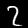
Digit: 2